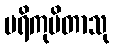
ပရိကုပိတာသု